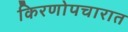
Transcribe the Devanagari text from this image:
किरणोपचारात